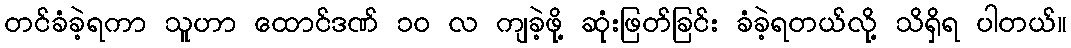
တင်ခံခဲ့ရကာ သူဟာ ထောင်ဒဏ် ၁၀ လ ကျခဲ့ဖို့ ဆုံးဖြတ်ခြင်း ခံခဲ့ရတယ်လို့ သိရှိရ ပါတယ်။